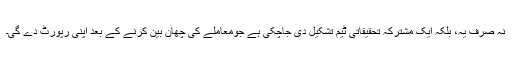
نہ صرف یہ، بلکہ ایک مشترکہ تحقیقاتی ٹیم تشکیل دی جاچکی ہے جومعاملے کی چھان بین کرنے کے بعد اپنی رپورٹ دے گی۔